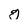
Character: g